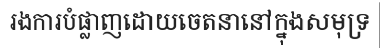
រងការបំផ្លាញដោយចេតនានៅក្នុងសមុទ្រ